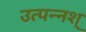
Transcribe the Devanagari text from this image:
उत्पन्नश्